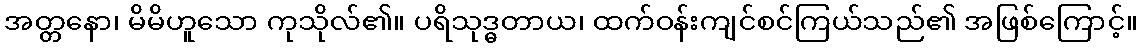
အတ္တနော၊ မိမိဟူသော ကုသိုလ်၏။ ပရိသုဒ္ဓတာယ၊ ထက်ဝန်းကျင်စင်ကြယ်သည်၏ အဖြစ်ကြောင့်။